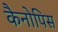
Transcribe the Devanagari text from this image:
कैनोपिस